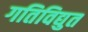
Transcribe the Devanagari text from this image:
गतिविद्युत